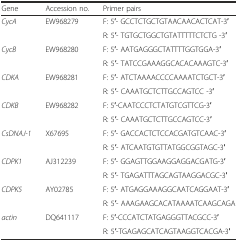
| Gene | Accession no. | Primer pairs |
 | --- | --- | --- |
 | <ROWSPAN=2> CycA | <ROWSPAN=2> EW968279 | F: 5′- GCCTCTGCTGTAACAACACTCAT-3′ |
 | R: 5′- TGTGCTGGCTGTATTTTTCTCTG -3′ |
 | <ROWSPAN=2> CycB | <ROWSPAN=2> EW968280 | F: 5′- AATGAGGGCTATTTTGGTGGA-3′ |
 | R: 5′- TATCCGAAAGGCACACAAAGTC-3′ |
 | <ROWSPAN=2> CDKA | <ROWSPAN=2> EW968281 | F: 5′- ATCTAAAACCCCAAAATCTGCT-3′ |
 | R: 5′- CAAATGCTCTTGCCAGTCC -3′ |
 | <ROWSPAN=2> CDKB | <ROWSPAN=2> EW968282 | F: 5′-CAATCCCTCTATGTCGTTCG-3′ |
 | R: 5′- CAAATGCTCTTGCCAGTCC-3′ |
 | <ROWSPAN=2> CsDNAJ-1 | <ROWSPAN=2> X67695 | F: 5′- GACCACTCTCCACGATGTCAAC-3′ |
 | R: 5′- ATCAATGTGTTATGGCGGTAGC-3′ |
 | <ROWSPAN=2> CDPK1 | <ROWSPAN=2> AJ312239 | F: 5′- GGAGTTGGAAGGAGGACGATG-3′ |
 | R: 5′- TGAGATTTAGCAGTAAGGACGC-3′ |
 | <ROWSPAN=2> CDPK5 | <ROWSPAN=2> AY02785 | F: 5′- ATGAGGAAAGGCAATCAGGAAT-3′ |
 | R: 5′- AAAGAAGCACATAAAATCAAGCAGA |
 | <ROWSPAN=2> actin | <ROWSPAN=2> DQ641117 | F: 5′-CCCATCTATGAGGGTTACGCC-3′ |
 | R: 5′-TGAGAGCATCAGTAAGGTCACGA-3′ |